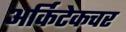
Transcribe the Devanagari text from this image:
अर्किटेकचर